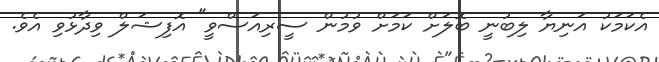
އެކަމަކު އަނިޔާ ލިބުނީ ބޮލަށް ކަމަށް ވުމުން ސީރިއަސްވީ" އޮފިޝަލް ވިދާޅުވި އެވެ.